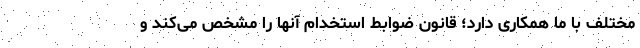
مختلف با ما همکاری دارد؛ قانون ضوابط استخدام آنها را مشخص می‌کند و